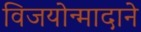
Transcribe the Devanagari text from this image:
विजयोन्मादाने